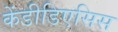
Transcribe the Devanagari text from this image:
केंडीडिएसिस